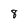
Character: 8